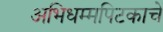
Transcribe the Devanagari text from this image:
अभिधम्मपिटकाचे